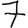
Digit: 7